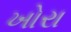
ખોરા